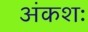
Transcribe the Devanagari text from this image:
अंकशः